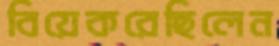
বিয়েকরেছিলেন